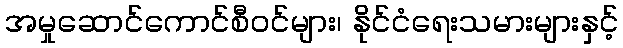
အမှုဆောင်ကောင်စီဝင်များ၊ နိုင်ငံရေးသမားများနှင့်